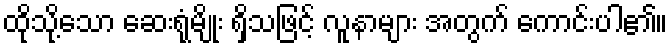
ထိုသို့သော ဆေးရုံမျိုး ရှိသဖြင့် လူနာများ အတွက် ကောင်းပါ၏။